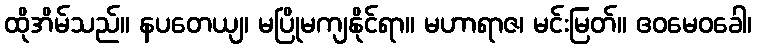
ထိုအိမ်သည်။ နပတေယျ၊ မပြိုမကျနိုင်ရာ။ မဟာရာဇ၊ မင်းမြတ်။ ဧဝမေဝခေါ၊